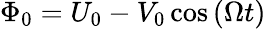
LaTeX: \Phi_{0}=U_{0}-V_{0}\cos\left(\Omega t\right)